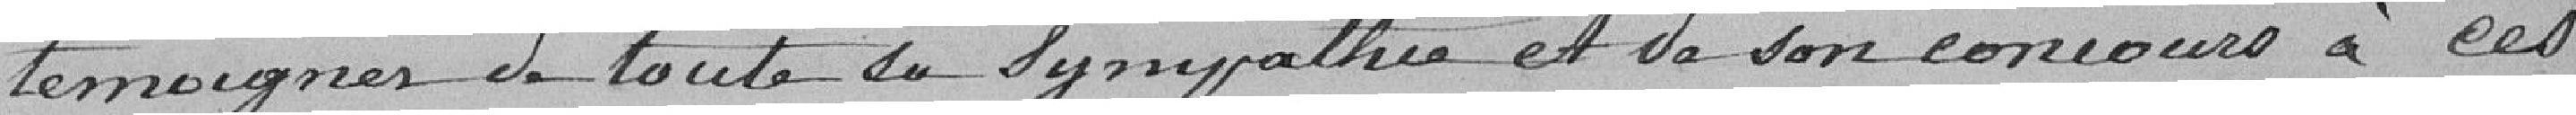
témoigner de toute la sympathie et de son concours à ces